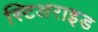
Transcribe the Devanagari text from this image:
स्टिअराइड